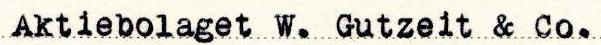
Aktiebolaget W. Gutzeit & Co.